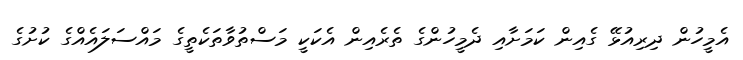
އެމީހުން ދިރިއުޅޭ ގެއިން ކަމަށާއި ދެމީހުންގެ ތެރެއިން އެކަކީ މަސްތުވާތަކެތީގެ މައްސަލައެއްގެ ކުށުގެ